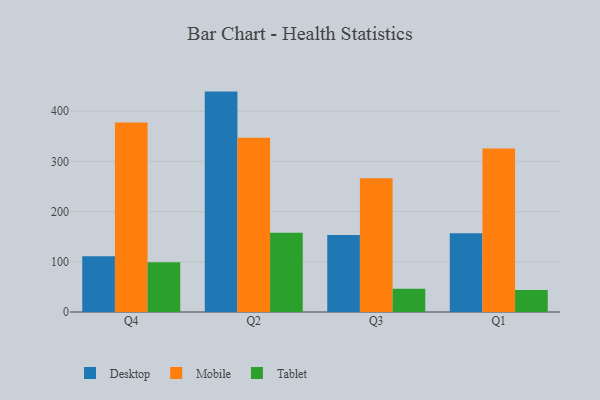
{"axis": {"x": "Quarter", "y": "Page Views"}, "legend": ["Desktop", "Mobile", "Tablet"], "data": [{"x": "Q4", "y": 110.9, "type": "Desktop"}, {"x": "Q4", "y": 377.6, "type": "Mobile"}, {"x": "Q4", "y": 99.1, "type": "Tablet"}, {"x": "Q2", "y": 439.1, "type": "Desktop"}, {"x": "Q2", "y": 347.0, "type": "Mobile"}, {"x": "Q2", "y": 158.0, "type": "Tablet"}, {"x": "Q3", "y": 153.6, "type": "Desktop"}, {"x": "Q3", "y": 266.6, "type": "Mobile"}, {"x": "Q3", "y": 46.1, "type": "Tablet"}, {"x": "Q1", "y": 157.0, "type": "Desktop"}, {"x": "Q1", "y": 325.8, "type": "Mobile"}, {"x": "Q1", "y": 43.8, "type": "Tablet"}]}